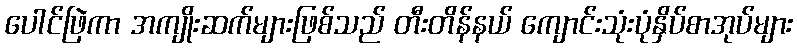
ပေါင်ဖြဲကာ အကျိုးဆက်များဖြစ်သည် တီးတိန်နယ် ကျောင်းသုံးပုံနှိပ်စာအုပ်များ